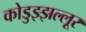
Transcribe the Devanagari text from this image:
कोडुझ्झल्लूर